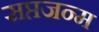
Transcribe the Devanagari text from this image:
सप्तजन्म